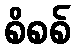
စိစစ်